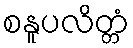
စနူပလိတ္တံ